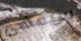
سيقضى